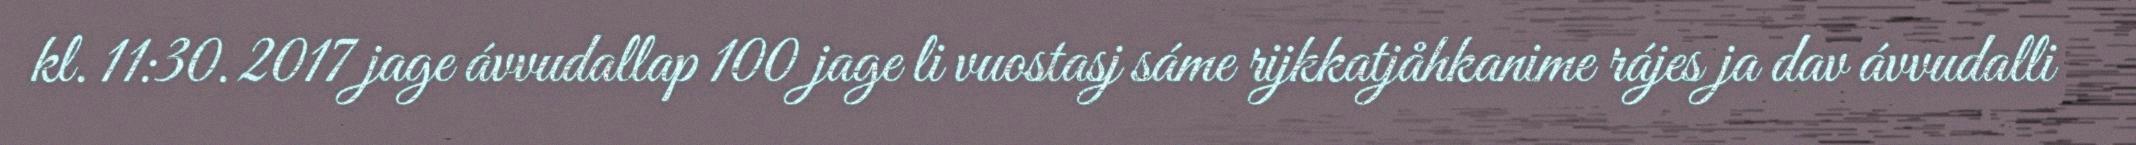
kl. 11:30. 2017 jage ávvudallap 100 jage li vuostasj sáme rijkkatjåhkanime rájes ja dav ávvudalli